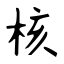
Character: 核